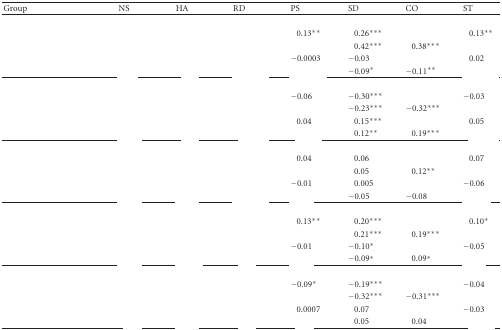
<table><thead><tr><td><b>Group</b></td><td><b>NS</b></td><td><b>HA</b></td><td><b>RD</b></td><td><b>PS</b></td><td><b>SD</b></td><td><b>CO</b></td><td><b>ST</b></td></tr></thead><tbody><tr><td>[EMPTY_CELL]</td><td>[EMPTY_CELL]</td><td>[EMPTY_CELL]</td><td>[EMPTY_CELL]</td><td>[EMPTY_CELL]</td><td>[EMPTY_CELL]</td><td>[EMPTY_CELL]</td><td>[EMPTY_CELL]</td></tr><tr><td rowspan="2">[EMPTY_CELL]</td><td>[EMPTY_CELL]</td><td>[EMPTY_CELL]</td><td>[EMPTY_CELL]</td><td>0.13**</td><td>0.26***</td><td>[EMPTY_CELL]</td><td>0.13**</td></tr><tr><td>[EMPTY_CELL]</td><td>[EMPTY_CELL]</td><td>[EMPTY_CELL]</td><td>[EMPTY_CELL]</td><td>0.42***</td><td>0.38***</td><td>[EMPTY_CELL]</td></tr><tr><td rowspan="2">[EMPTY_CELL]</td><td>[EMPTY_CELL]</td><td>[EMPTY_CELL]</td><td>[EMPTY_CELL]</td><td> −0.0003</td><td> −0.03</td><td>[EMPTY_CELL]</td><td>0.02</td></tr><tr><td>[EMPTY_CELL]</td><td>[EMPTY_CELL]</td><td>[EMPTY_CELL]</td><td>[EMPTY_CELL]</td><td>−0.09*</td><td>−0.11**</td><td>[EMPTY_CELL]</td></tr><tr><td>[EMPTY_CELL]</td><td>[EMPTY_CELL]</td><td>[EMPTY_CELL]</td><td>[EMPTY_CELL]</td><td>[EMPTY_CELL]</td><td>[EMPTY_CELL]</td><td>[EMPTY_CELL]</td><td>[EMPTY_CELL]</td></tr><tr><td rowspan="2">[EMPTY_CELL]</td><td>[EMPTY_CELL]</td><td>[EMPTY_CELL]</td><td>[EMPTY_CELL]</td><td> −0.06</td><td>−0.30***</td><td>[EMPTY_CELL]</td><td> −0.03</td></tr><tr><td>[EMPTY_CELL]</td><td>[EMPTY_CELL]</td><td>[EMPTY_CELL]</td><td>[EMPTY_CELL]</td><td>−0.23***</td><td>−0.32***</td><td>[EMPTY_CELL]</td></tr><tr><td rowspan="2">[EMPTY_CELL]</td><td>[EMPTY_CELL]</td><td>[EMPTY_CELL]</td><td>[EMPTY_CELL]</td><td>0.04</td><td>0.15***</td><td>[EMPTY_CELL]</td><td>0.05</td></tr><tr><td>[EMPTY_CELL]</td><td>[EMPTY_CELL]</td><td>[EMPTY_CELL]</td><td>[EMPTY_CELL]</td><td>0.12**</td><td>0.19***</td><td>[EMPTY_CELL]</td></tr><tr><td>[EMPTY_CELL]</td><td>[EMPTY_CELL]</td><td>[EMPTY_CELL]</td><td>[EMPTY_CELL]</td><td>[EMPTY_CELL]</td><td>[EMPTY_CELL]</td><td>[EMPTY_CELL]</td><td>[EMPTY_CELL]</td></tr><tr><td rowspan="2">[EMPTY_CELL]</td><td>[EMPTY_CELL]</td><td>[EMPTY_CELL]</td><td>[EMPTY_CELL]</td><td>0.04 </td><td>0.06 </td><td>[EMPTY_CELL]</td><td>0.07 </td></tr><tr><td>[EMPTY_CELL]</td><td>[EMPTY_CELL]</td><td>[EMPTY_CELL]</td><td>[EMPTY_CELL]</td><td>0.05</td><td>0.12**</td><td>[EMPTY_CELL]</td></tr><tr><td rowspan="2">[EMPTY_CELL]</td><td>[EMPTY_CELL]</td><td>[EMPTY_CELL]</td><td>[EMPTY_CELL]</td><td> −0.01</td><td>0.005</td><td>[EMPTY_CELL]</td><td> −0.06</td></tr><tr><td>[EMPTY_CELL]</td><td>[EMPTY_CELL]</td><td>[EMPTY_CELL]</td><td>[EMPTY_CELL]</td><td>−0.05</td><td>−0.08</td><td>[EMPTY_CELL]</td></tr><tr><td>[EMPTY_CELL]</td><td>[EMPTY_CELL]</td><td>[EMPTY_CELL]</td><td>[EMPTY_CELL]</td><td>[EMPTY_CELL]</td><td>[EMPTY_CELL]</td><td>[EMPTY_CELL]</td><td>[EMPTY_CELL]</td></tr><tr><td rowspan="2">[EMPTY_CELL]</td><td>[EMPTY_CELL]</td><td>[EMPTY_CELL]</td><td>[EMPTY_CELL]</td><td>0.13**</td><td>0.20***</td><td>[EMPTY_CELL]</td><td>0.10*</td></tr><tr><td>[EMPTY_CELL]</td><td>[EMPTY_CELL]</td><td>[EMPTY_CELL]</td><td>[EMPTY_CELL]</td><td>0.21***</td><td>0.19***</td><td>[EMPTY_CELL]</td></tr><tr><td rowspan="2">[EMPTY_CELL]</td><td>[EMPTY_CELL]</td><td>[EMPTY_CELL]</td><td>[EMPTY_CELL]</td><td> −0.01</td><td>−0.10*</td><td>[EMPTY_CELL]</td><td> −0.05</td></tr><tr><td>[EMPTY_CELL]</td><td>[EMPTY_CELL]</td><td>[EMPTY_CELL]</td><td>[EMPTY_CELL]</td><td>−0.09*</td><td>0.09*</td><td>[EMPTY_CELL]</td></tr><tr><td>[EMPTY_CELL]</td><td>[EMPTY_CELL]</td><td>[EMPTY_CELL]</td><td>[EMPTY_CELL]</td><td>[EMPTY_CELL]</td><td>[EMPTY_CELL]</td><td>[EMPTY_CELL]</td><td>[EMPTY_CELL]</td></tr><tr><td rowspan="2">[EMPTY_CELL]</td><td>[EMPTY_CELL]</td><td>[EMPTY_CELL]</td><td>[EMPTY_CELL]</td><td>−0.09*</td><td>−0.19***</td><td>[EMPTY_CELL]</td><td>−0.04 </td></tr><tr><td>[EMPTY_CELL]</td><td>[EMPTY_CELL]</td><td>[EMPTY_CELL]</td><td>[EMPTY_CELL]</td><td>−0.32***</td><td>−0.31***</td><td>[EMPTY_CELL]</td></tr><tr><td rowspan="2">[EMPTY_CELL]</td><td>[EMPTY_CELL]</td><td>[EMPTY_CELL]</td><td>[EMPTY_CELL]</td><td>0.0007</td><td>0.07</td><td>[EMPTY_CELL]</td><td>−0.03</td></tr><tr><td>[EMPTY_CELL]</td><td>[EMPTY_CELL]</td><td>[EMPTY_CELL]</td><td>[EMPTY_CELL]</td><td>0.05</td><td>0.04</td><td>[EMPTY_CELL]</td></tr></tbody></table>